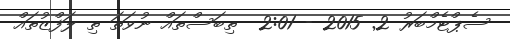
ސެޕްޓެމްބަރު 2